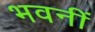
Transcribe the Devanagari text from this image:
भवनीं